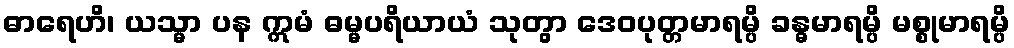
ဓာရေဟိ၊ ယသ္မာ ပန ဣမံ ဓမ္မပရိယာယံ သုတွာ ဒေဝပုတ္တမာရမ္ပိ ခန္ဓမာရမ္ပိ မစ္စုမာရမ္ပိ